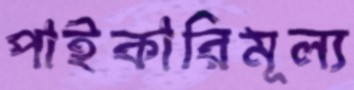
পাইকারিমূল্য